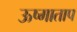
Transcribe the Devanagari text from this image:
ऊष्माताप